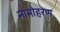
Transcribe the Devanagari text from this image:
नामोहरण